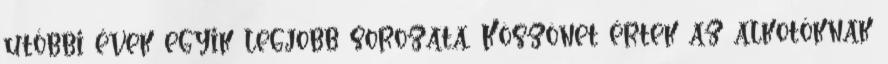
utóbbi évek egyik legjobb sorozata. Köszönet értek az alkotóknak